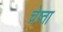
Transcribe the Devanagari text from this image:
चेष्ता